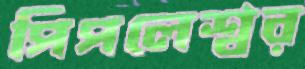
পিপলেশ্বর